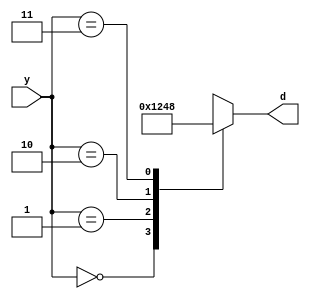
`timescale 1ns / 1ps
//////////////////////////////////////////////////////////////////////////////////
// Company: 
// Engineer: 
// 
// Design Name: 
// Module Name: DECODER
// Project Name: 
// Target Devices: 
// Tool Versions: 
// Description: 
// 
// Dependencies: 
// 
// Revision:
// Revision 0.01 - File Created
// Additional Comments:
// 
//////////////////////////////////////////////////////////////////////////////////


module DECODER(input [1:0] y,output reg [3:0]d );

always@(*)begin
case (y)
2'b00: d=4'b0001;
2'b01: d=4'b0010;
2'b10: d=4'b0100;
2'b11: d=4'b1000;
default : d=4'b0000;
endcase
end
endmodule